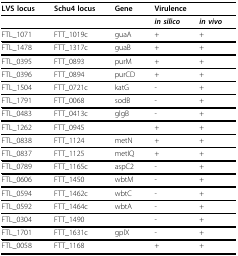
<table><thead><tr><td><b>LVS locus</b></td><td><b>Schu4 locus</b></td><td><b>Gene</b></td><td colspan="2"><b>Virulence</b></td></tr></thead><tbody><tr><td></td><td></td><td></td><td><b><i>in silico</i></b></td><td><b><i>in vivo</i></b></td></tr><tr><td>FTL_1071</td><td>FTT_1019c</td><td>guaA</td><td>+</td><td>+</td></tr><tr><td>FTL_1478</td><td>FTT_1317c</td><td>guaB</td><td>+</td><td>+</td></tr><tr><td>FTL_0395</td><td>FTT_0893</td><td>purM</td><td>+</td><td>+</td></tr><tr><td>FTL_0396</td><td>FTT_0894</td><td>purCD</td><td>+</td><td>+</td></tr><tr><td>FTL_1504</td><td>FTT_0721c</td><td>katG</td><td>-</td><td>+</td></tr><tr><td>FTL_1791</td><td>FTT_0068</td><td>sodB</td><td>-</td><td>+</td></tr><tr><td>FTL_0483</td><td>FTT_0413c</td><td>glgB</td><td>-</td><td>+</td></tr><tr><td>FTL_1262</td><td>FTT_0945</td><td></td><td>+</td><td>+</td></tr><tr><td>FTL_0838</td><td>FTT_1124</td><td>metN</td><td>+</td><td>+</td></tr><tr><td>FTL_0837</td><td>FTT_1125</td><td>metIQ</td><td>+</td><td>+</td></tr><tr><td>FTL_0789</td><td>FTT_1165c</td><td>aspC2</td><td>-</td><td>+</td></tr><tr><td>FTL_0606</td><td>FTT_1450</td><td>wbtM</td><td>-</td><td>+</td></tr><tr><td>FTL_0594</td><td>FTT_1462c</td><td>wbtC</td><td>-</td><td>+</td></tr><tr><td>FTL_0592</td><td>FTT_1464c</td><td>wbtA</td><td>-</td><td>+</td></tr><tr><td>FTL_0304</td><td>FTT_1490</td><td></td><td>-</td><td>+</td></tr><tr><td>FTL_1701</td><td>FTT_1631c</td><td>gplX</td><td>-</td><td>+</td></tr><tr><td>FTL_0058</td><td>FTT_1168</td><td></td><td>+</td><td>+</td></tr></tbody></table>